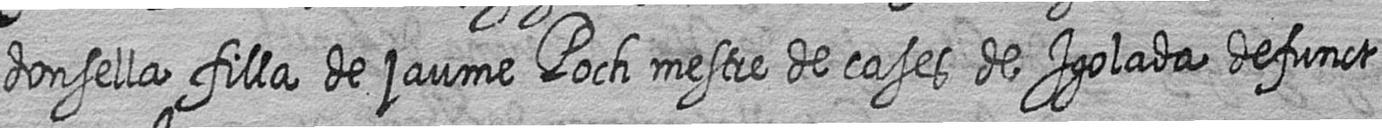
donsella filla de jaume Poch mestre de cases de Igolada defunct